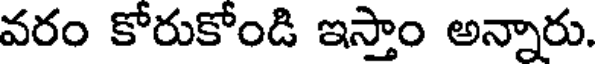
వరం కోరుకోండి ఇస్తాం అన్నారు.